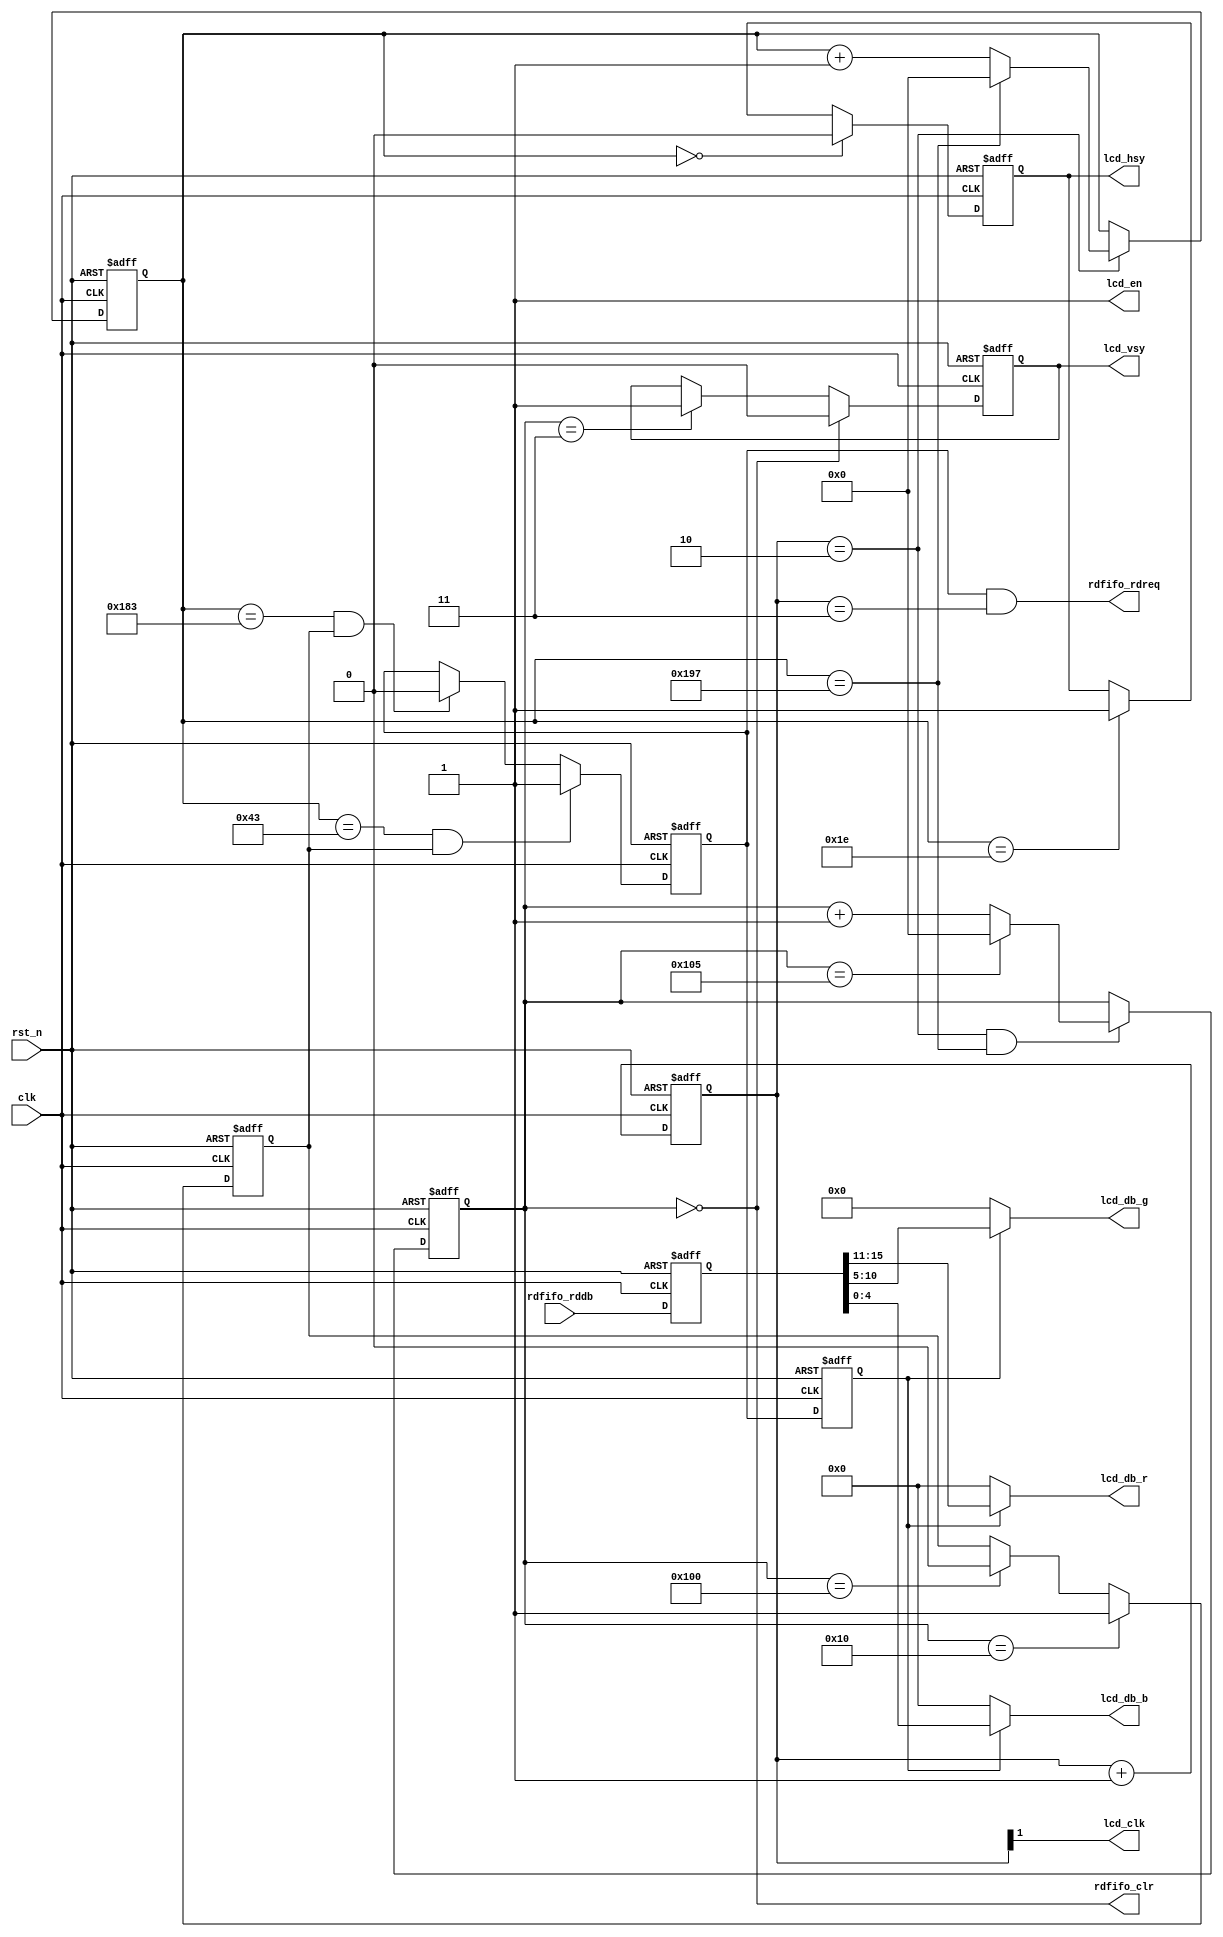

module lcd_driver(	
				clk,rst_n,
				lcd_en,lcd_clk,lcd_hsy,lcd_vsy,lcd_db_r,lcd_db_g,lcd_db_b,
				rdfifo_rddb,rdfifo_rdreq,rdfifo_clr
			);
input clk;		//25MHz
input rst_n;	//
	// FPGALCD
output lcd_en;	//
output lcd_clk;	//	
output lcd_hsy;	//
output lcd_vsy;	//
output[4:0] lcd_db_r;
output[5:0] lcd_db_g;
output[4:0] lcd_db_b;
	//LCDFIFO
input[15:0] rdfifo_rddb;		//FIFO
output rdfifo_rdreq;	//FIFO
output rdfifo_clr;		//FIFO

//---------------------------------------------
assign lcd_en = 1'b1;

//---------------------------------------------
//lcd_clk160ns(6.25MHz),425MHz
reg[1:0] sft_cnt;

always @(posedge clk or negedge rst_n)
	if(!rst_n) sft_cnt <= 2'd0;
	else sft_cnt <= sft_cnt+1'b1;

assign lcd_clk = sft_cnt[1];	//0-1:low,2-3:high

wire dchange = (sft_cnt == 2'd2);	//

//---------------------------------------------		
// 
//x = 0-407;  y = 0-261
reg[8:0] x_cnt;	//x
reg[8:0] y_cnt;	//y

always @(posedge clk or negedge rst_n)
	if(!rst_n) x_cnt <= 9'd0;
	else if(dchange) begin
		if(x_cnt == 9'd407) x_cnt <= 9'd0;
		else x_cnt <= x_cnt+1'b1;  
	end

always @(posedge clk or negedge rst_n)
	if(!rst_n) y_cnt <= 9'd0;
	else if(dchange && (x_cnt == 9'd407)) begin
		if(y_cnt == 9'd261) y_cnt <= 9'd0;
		else y_cnt <= y_cnt+1'b1;  
	end	

//--------------------------------------------------
//
reg valid_yr;	//

	//
always @ (posedge clk or negedge rst_n)
	if(!rst_n) valid_yr <= 1'b0;
	else if(y_cnt == 9'd16) valid_yr <= 1'b1;	
	else if(y_cnt == 9'd256) valid_yr <= 1'b0;

reg validr,valid;

always @ (posedge clk or negedge rst_n)
	if(!rst_n) validr <= 1'b0;
	else if((x_cnt == 9'd67) && valid_yr) validr <= 1'b1;
	else if((x_cnt == 9'd387) && valid_yr) validr <= 1'b0;
	
always @ (posedge clk or negedge rst_n)
	if(!rst_n) valid <= 1'b0;
	else valid <= validr;
	
//--------------------------------------------------
// LCD,
reg lcd_hsy_r,lcd_vsy_r;	//
 
always @ (posedge clk or negedge rst_n)
	if(!rst_n) lcd_hsy_r <= 1'b1;								
	else if(x_cnt == 9'd0) lcd_hsy_r <= 1'b0;	//lcd_hsy
	else if(x_cnt == 9'd30) lcd_hsy_r <= 1'b1;

always @ (posedge clk or negedge rst_n)
	if(!rst_n) lcd_vsy_r <= 1'b1;							  
	else if(y_cnt == 9'd0) lcd_vsy_r <= 1'b0;	//lcd_vsy
	else if(y_cnt == 9'd3) lcd_vsy_r <= 1'b1;

assign lcd_hsy = lcd_hsy_r;
assign lcd_vsy = lcd_vsy_r;	

//--------------------------------------------------
	//FIFO
assign rdfifo_rdreq = validr & (sft_cnt == 2'd3);
assign rdfifo_clr = (y_cnt == 9'd0);

//-------------------------------------------------- 
	// LCD
reg[15:0] lcd_db_rgb;	// LCD

always @ (posedge clk or negedge rst_n)
	if(!rst_n) lcd_db_rgb <= 16'd0;
	else lcd_db_rgb <= rdfifo_rddb;

	//r,g,b
assign lcd_db_r = valid ? lcd_db_rgb[15:11]:5'd0;
assign lcd_db_g = valid ? lcd_db_rgb[10:5]:6'd0;
assign lcd_db_b = valid ? lcd_db_rgb[4:0]:5'd0;

endmodule